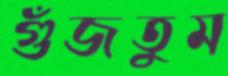
গুঁজতুম